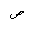
Letter: _sad